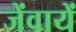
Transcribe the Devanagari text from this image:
जेंवायें